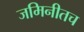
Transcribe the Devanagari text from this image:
जमिनीतच